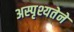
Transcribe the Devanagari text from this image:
अस्पृश्यतेने